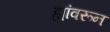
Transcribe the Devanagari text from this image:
ह्यांवरून